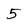
Character: 5